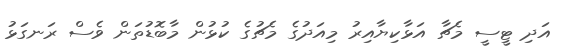
އަދި ޓީސީ މެޗާ އަޅާކިޔާއިރު މިއަދުގެ މެޗުގެ ކުޅުން މާބޮޑުތަން ވެސް ރަނގަޅު